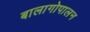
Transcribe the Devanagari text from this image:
बालागोपालन